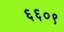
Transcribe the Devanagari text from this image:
६६०९